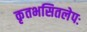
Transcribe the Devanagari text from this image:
कृतभसितलेपः